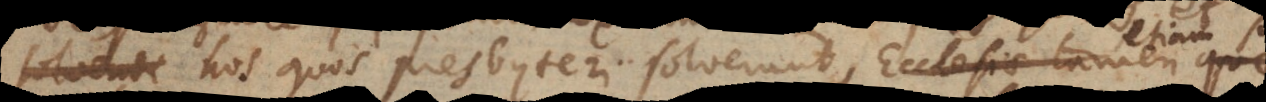
ligandi hos quos presbyteri solverunt, Ecclesia tamen quae